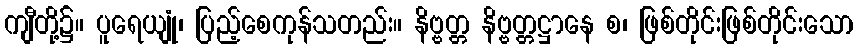
ကျီတို့၌။ ပူရေယျုံ၊ ပြည့်စေကုန်သတည်း။ နိဗ္ဗတ္တ နိဗ္ဗတ္တဋ္ဌာနေ စ၊ ဖြစ်တိုင်းဖြစ်တိုင်းသော